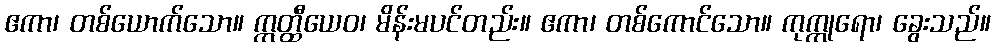
ဧကာ၊ တစ်ယောက်သော။ ဣတ္ထီယေဝ၊ မိန်းမပင်တည်း။ ဧကာ၊ တစ်ကောင်သော။ ကုက္ကုရော၊ ခွေးသည်။